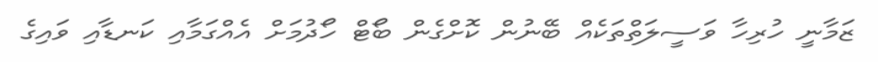
ޒަމާނީ ހުރިހާ ވަސީލަތްތަކެއް ބޭނުން ކޮށްގެން ބޯޓް ހޯދުމަށް އެއްގަމާއި ކަނޑާއި ވައިގެ